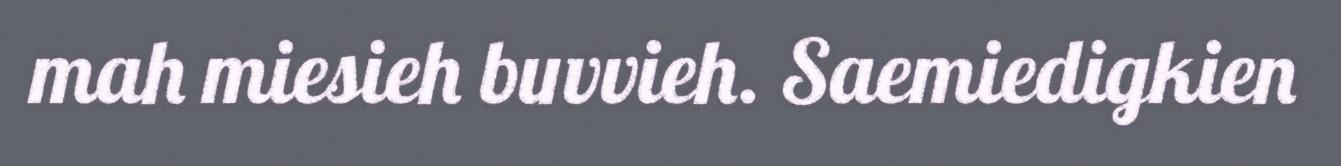
mah miesieh buvvieh. Saemiedigkien